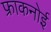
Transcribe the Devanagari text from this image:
फ्राकनोई